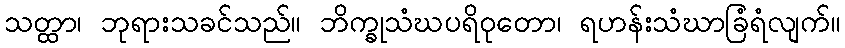
သတ္ထာ၊ ဘုရားသခင်သည်။ ဘိက္ခုသံဃပရိဝုတော၊ ရဟန်းသံဃာခြံရံလျက်။